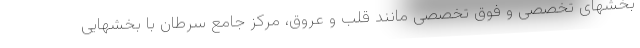
بخشهای تخصصی و فوق تخصصی مانند قلب و عروق، مرکز جامع سرطان با بخشهایی